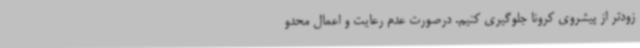
زودتر از پیشروی کرونا جلوگیری کنیم. درصورت عدم رعایت و اعمال محدو